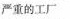
严重的工厂